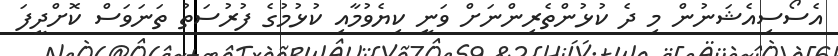
އެސޯސިއެޝަނުން މި ދެ ކުޅުންތެރިންނަށް ވަނީ ކިޔެވުމާއި ކުޅުމުގެ ފުރުސަތު ތަނަވަސް ކޮށްދީފަ